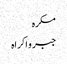
مکرہ
جبر و اکراہ